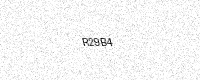
Text: R29B4